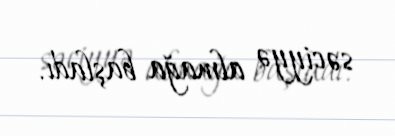
səciyyə almağa başladı.